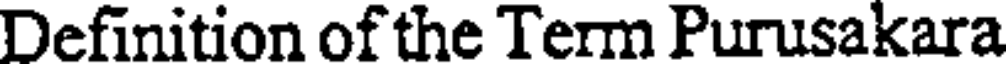
Definition of the Term Purusakara